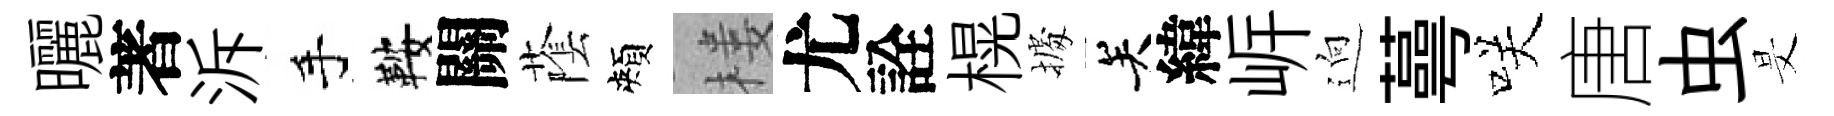
曬著泝手鞍關䕃頰楼尤詮榥𢴃关緯㟁逈蕚咲唐虫旻